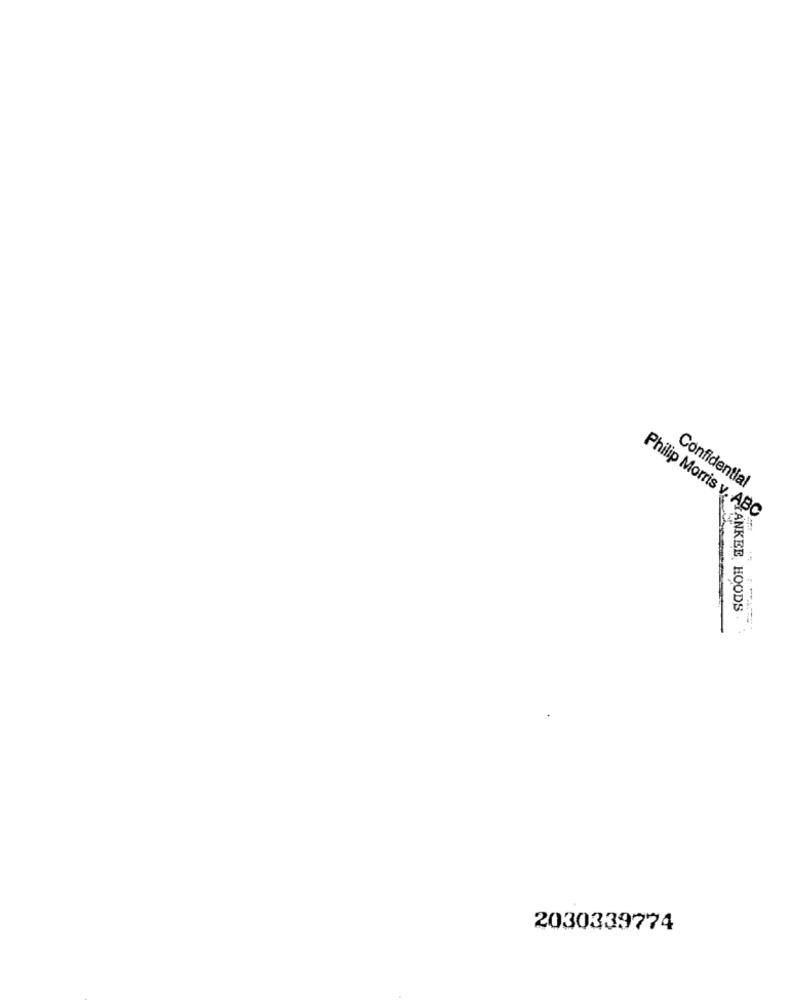
Confidential
Philip Morris v. ABC
ANKEE HOODS .
2030339774